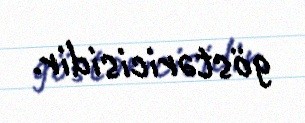
göstəricisidir.